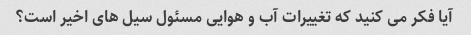
آیا فکر می کنید که تغییرات آب و هوایی مسئول سیل های اخیر است؟